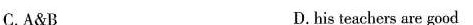
C.A&B D.his teachers are good